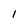
Character: I